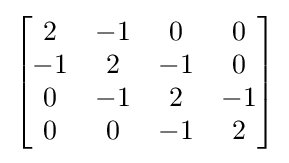
\left[{\begin{matrix}2&-1&0&0\\-1&2&-1&0\\0&-1&2&-1\\0&0&-1&2\end{matrix}}\right]